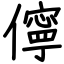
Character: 儜